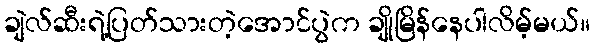
ချဲလ်ဆီးရဲ့ပြတ်သားတဲ့အောင်ပွဲက ချိုမြိန်နေပါလိမ့်မယ်။